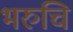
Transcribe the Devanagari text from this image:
भरुचि